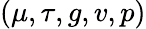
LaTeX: (\mu,\tau,g,v,p)